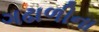
ગઢાળીના